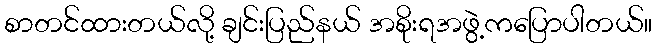
စာတင်ထားတယ်လို့ ချင်းပြည်နယ် အစိုးရအဖွဲ့ကပြောပါတယ်။